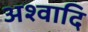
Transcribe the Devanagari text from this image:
अश्वादि